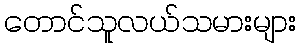
တောင်သူလယ်သမားများ